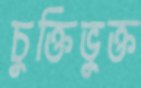
চুক্তিভুক্ত